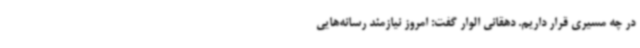
در چه مسیری قرار داریم. دهقانی الوار گفت: امروز نیازمند رسانه‌هایی